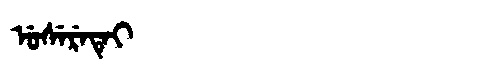
Manchu: ᡠᠰᡝᡵᡝᡨᡝᡳ
Romanization: USERETEI